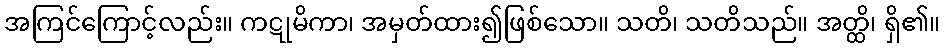
အကြင်ကြောင့်လည်း။ ကဋုမိကာ၊ အမှတ်ထား၍ဖြစ်သော။ သတိ၊ သတိသည်။ အတ္ထိ၊ ရှိ၏။